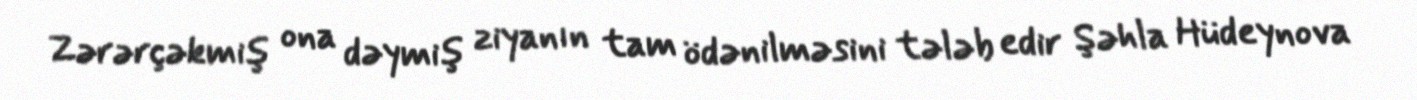
Zərərçəkmiş ona dəymiş ziyanın tam ödənilməsini tələb edir Şəhla Hüdeynova